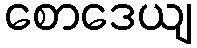
စောဒေယျ